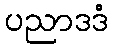
ပညာဒဒံ